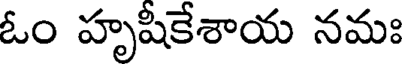
ఓం హృషీకేశాయ నమః